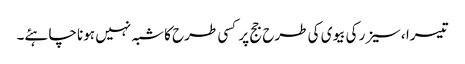
تیسرا ،سیزر کی بیوی کی طرح جج پر کسی طرح کا شبہ نہیں ہونا چاہئے۔